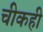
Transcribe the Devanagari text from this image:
चीकही